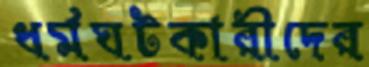
ধর্মঘটকারীদের